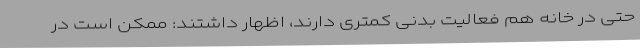
حتی در خانه هم فعالیت بدنی کمتری دارند، اظهار داشتند: ممکن است در